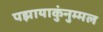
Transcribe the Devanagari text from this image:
पझायाकुंनुम्मल